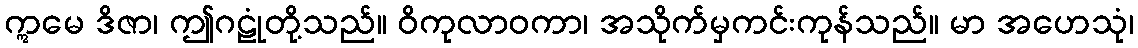
ဣမေ ဒိဇာ၊ ဤဂဠုံတို့သည်။ ဝိကုလာဝကာ၊ အသိုက်မှကင်းကုန်သည်။ မာ အဟေသုံ၊